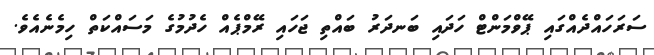
ސަރަހައްދެއްގައި ޕޭވްމަންޓް ހަދައި ބަނދަރު ބައްތި ޖަހައި ރޭމްޕެއް ހެދުމުގެ މަސައްކަތް ހިމެނެއެވެ.